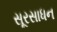
સૂરસાધન